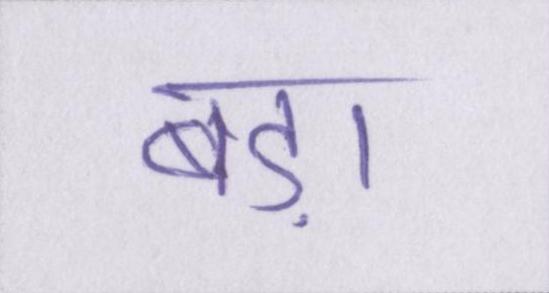
बड़ा